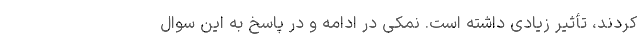
کردند، تأثیر زیادی داشته است. نمکی در ادامه و در پاسخ به این سوال